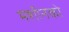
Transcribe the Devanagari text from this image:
मशीनको